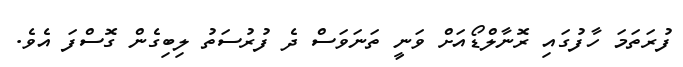
ފުރަތަމަ ހާފުގައި ރޮނާލްޑޯއަށް ވަނީ ތަނަވަސް ދެ ފުރުސަތު ލިބިގެން ގޮސްފަ އެވެ.